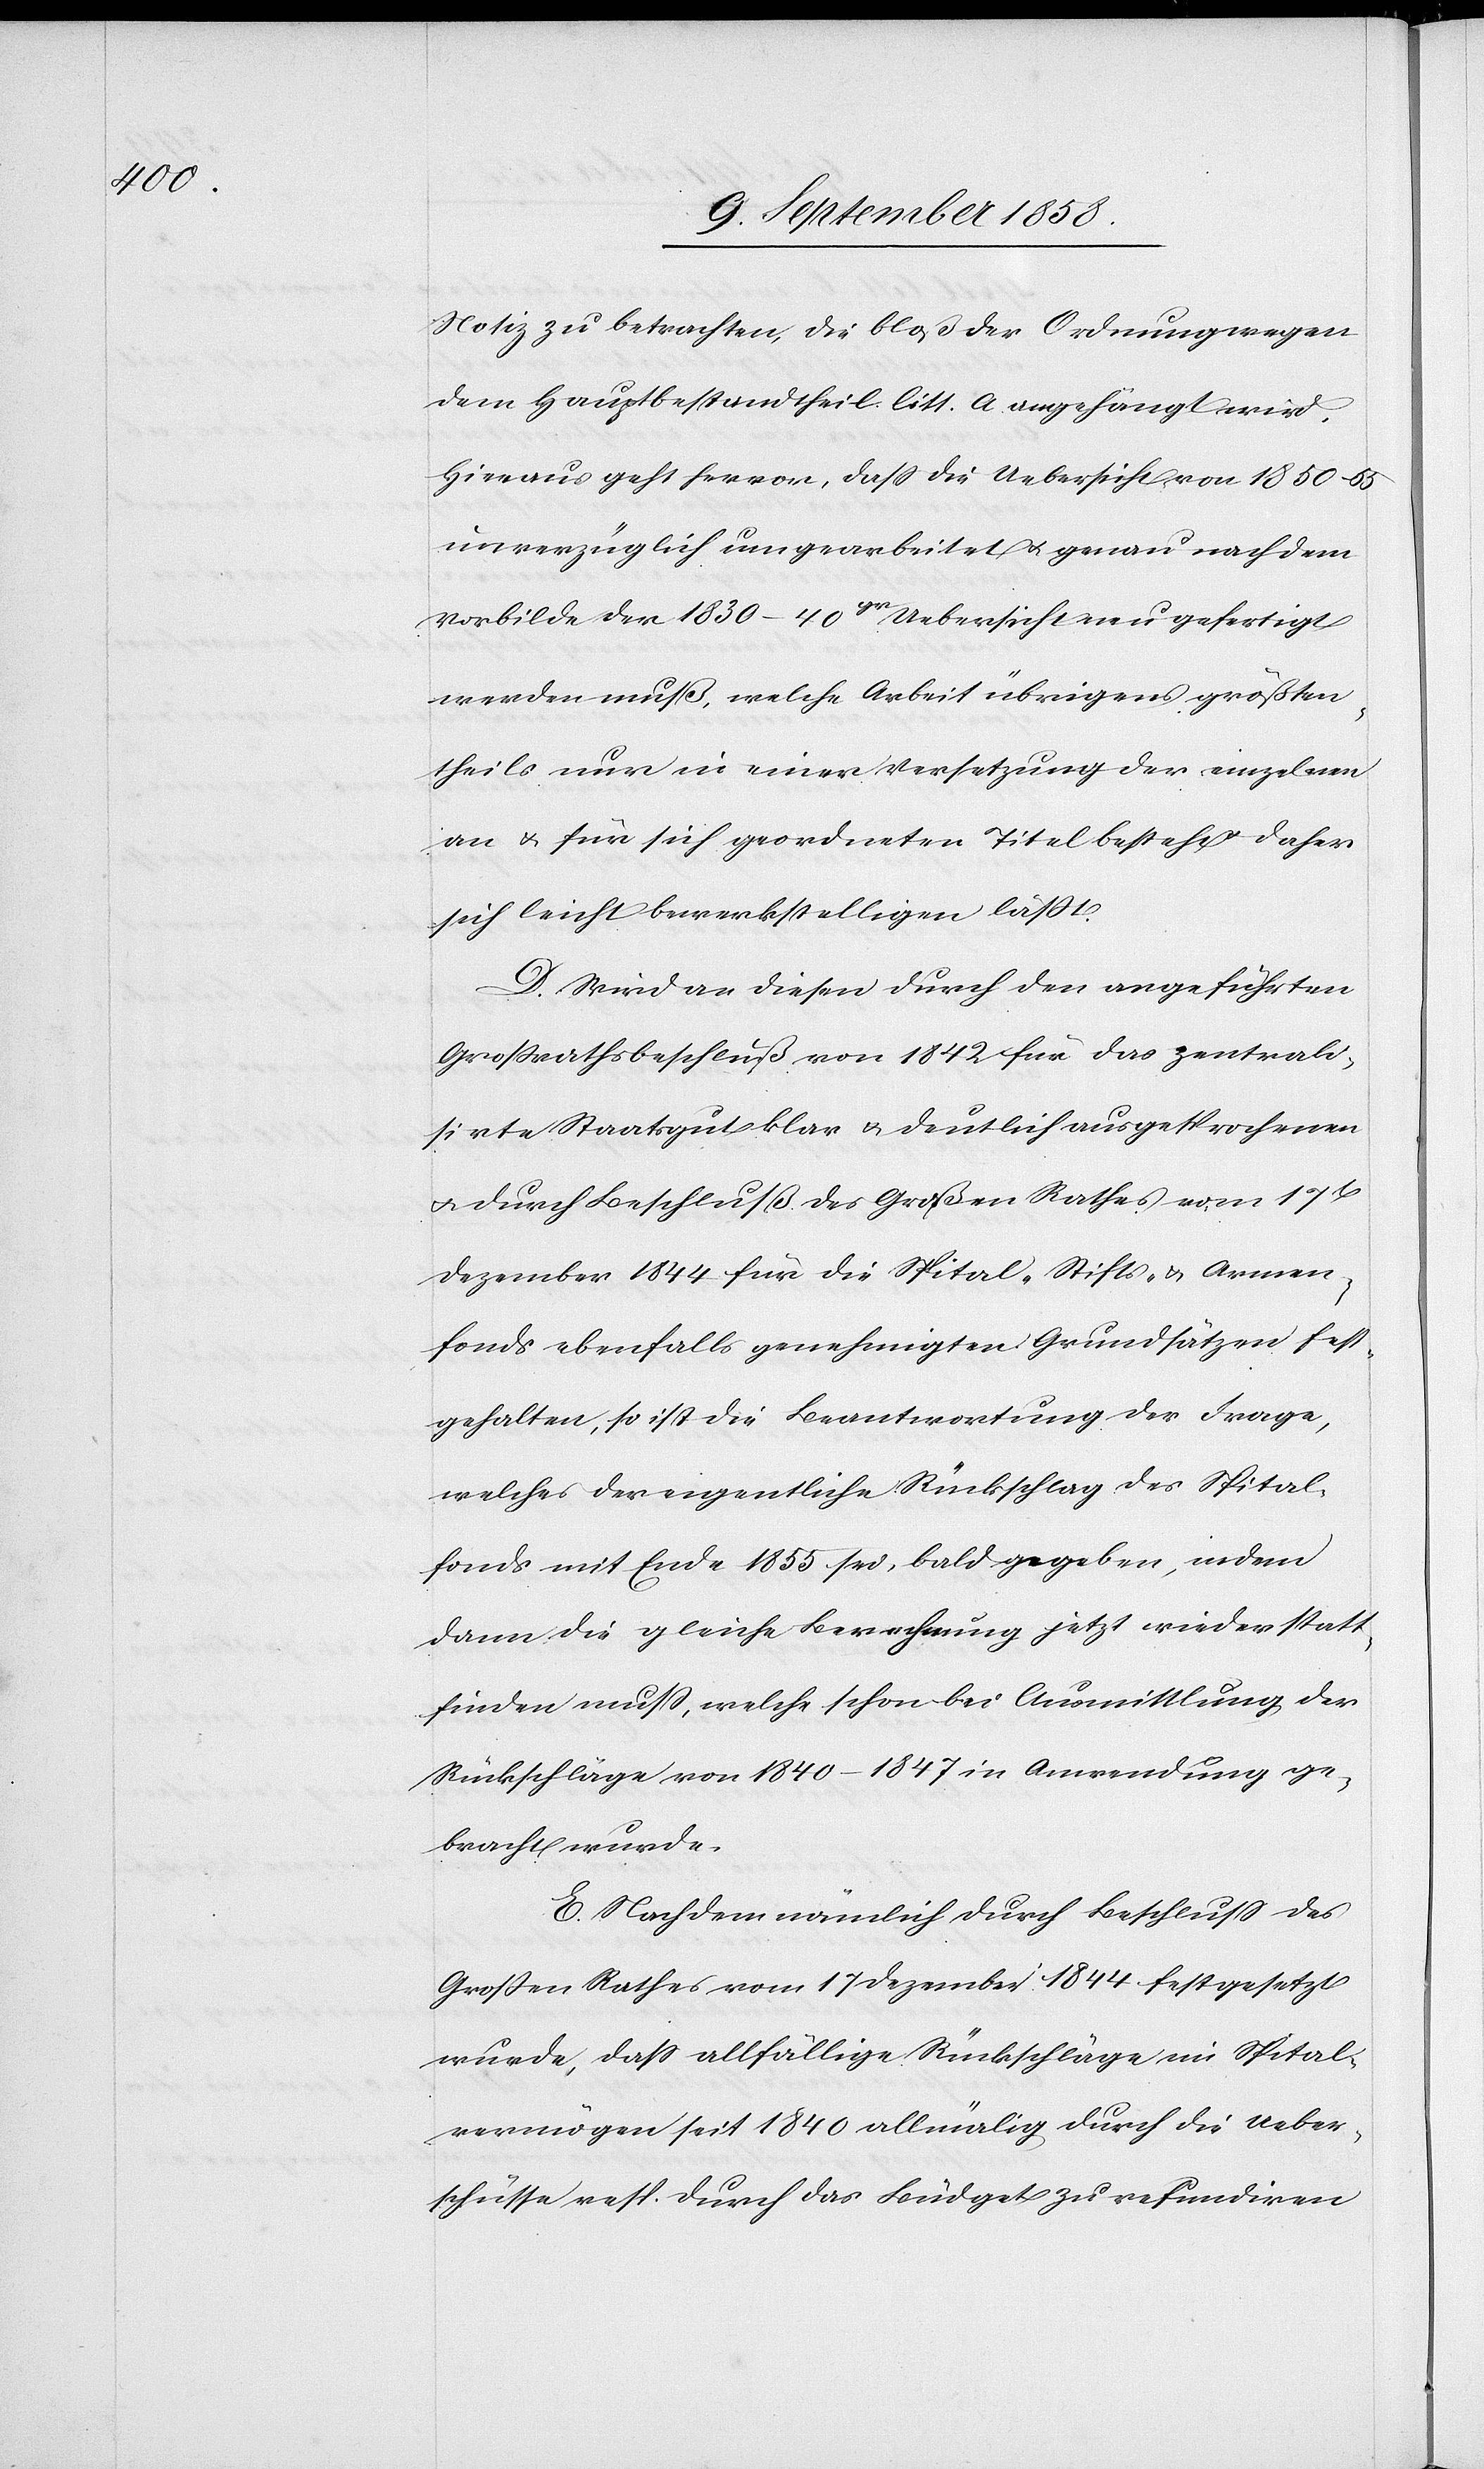
Notiz zu betrachten, die bloß der Ordnung wegen
dem Hauptbestandtheil litt. a. angehängt wird.
Hieraus geht hervor, dass die Uebersicht von 1850–55
unverzüglich umgearbeitet & genau nach dem
Vorbilde der 1830–40gr Uebersicht neu gefertigt
werden muß, welche Arbeit übrigens größten¬
theils nur in einer Versetzung der einzelnen
an & für sich geordneten Titel besteht & daher
sich leicht bewerkstelligen läßt.
D. Wird an diesen durch den angeführten
Großrathsbeschluß von 1842 für das zentrali¬
sirte Staatsgut klar & deutlich ausgesprochenen
& durch Beschluß des Großen Rathes vom 17t
Dezember 1844 für die Spital-[,] Stifts- & Armen¬
fonds ebenfalls genehmigten Grundsätzen fest¬
gehalten, so ist die Beantwortung der Frage,
welches der eigentliche Rückschlag des Spital¬
fonds mit Ende 1855 sei, bald gegeben, indem
dann die gleiche Berechnung jetzt wieder statt¬
finden muss, welche schon bei Ausmittlung der
Rückschläge von 1840–1847 in Anwendung ge¬
bracht wurde.
E. Nachdem nämlich durch Beschluss des
Großen Rathes vom 17 Dezember 1844 festgesetzt
wurde, dass allfällige Rückschläge im Spital¬
vermögen seit 1840 allmälig durch die Ueber¬
schüsse resp. durch das Büdget zu refundiren